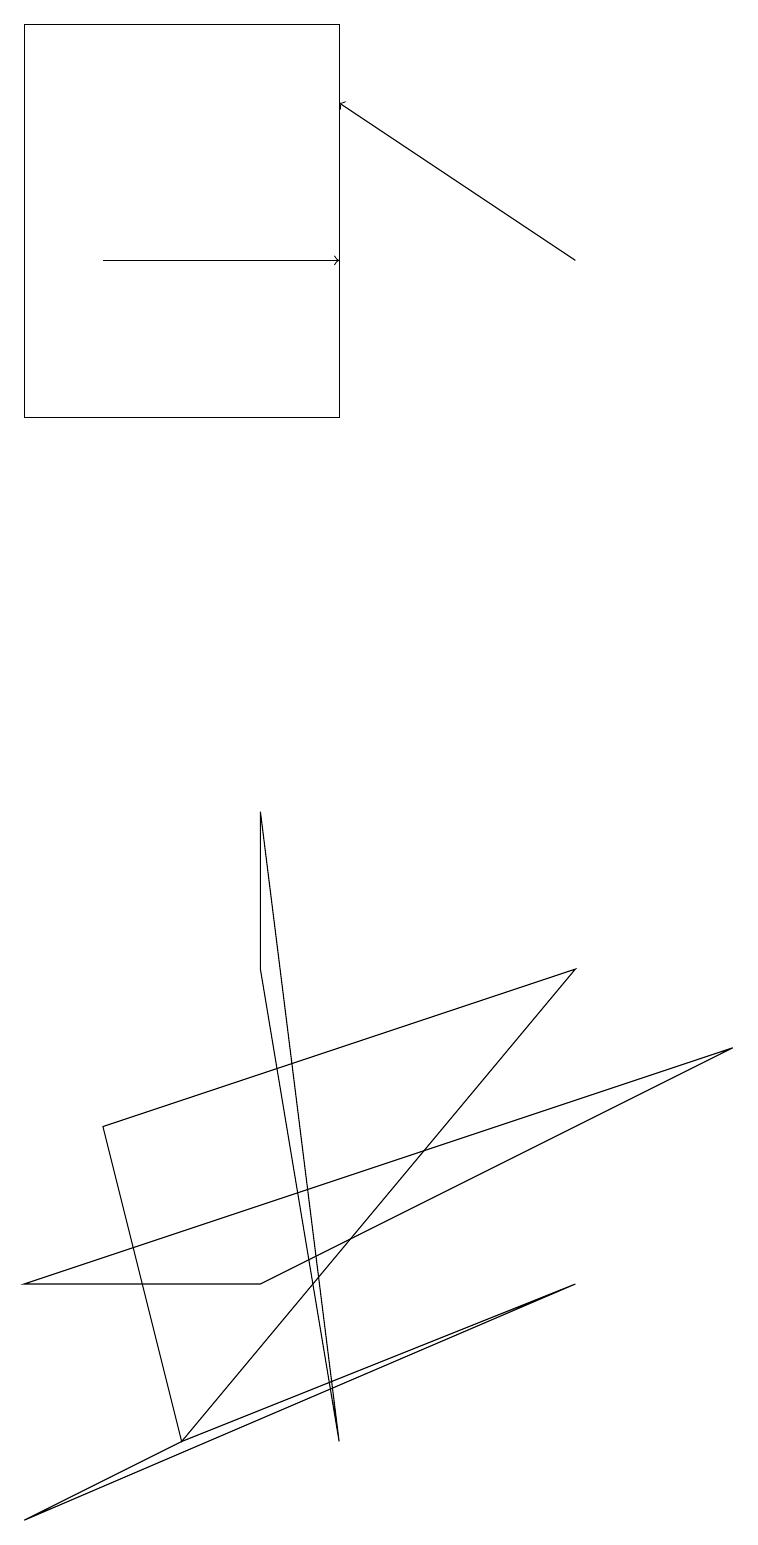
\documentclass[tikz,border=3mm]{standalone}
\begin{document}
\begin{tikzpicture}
\draw[->] (7,16) -- (4,18);
\draw (3,9) -- (4,1) -- (3,7) -- cycle;
\draw (3,3) -- (0,3) -- (9,6) -- cycle;
\draw[->] (1,16) -- (4,16);
\draw (4,14) rectangle (0,19);
\draw (7,3) -- (2,1) -- (0,0) -- cycle;
\draw (1,5) -- (2,1) -- (7,7) -- cycle;
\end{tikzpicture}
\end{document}